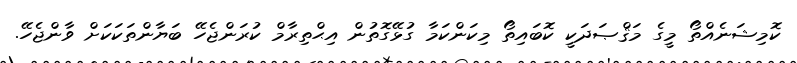
ކޮމިޝަނެއްތޯ މީގެ މަޤްޞަދަކީ ކޮބައިތޯ މިކަންކަމާ ގުޅޭގޮތުން އިޙްތިރާމް ކުރަންޖެހޭ ބަޔާންތަކަކަށް ވާންޖެހޭ.